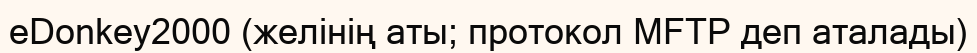
eDonkey2000 (желінің аты; протокол MFTP деп аталады)